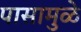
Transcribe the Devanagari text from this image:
पासामुळे